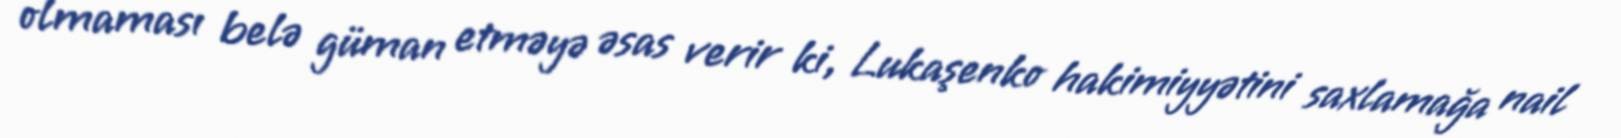
olmaması belə güman etməyə əsas verir ki, Lukaşenko hakimiyyətini saxlamağa nail